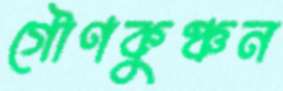
গৌণকুঞ্চন